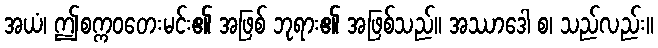
အယံ၊ ဤစက္ကဝတေးမင်း၏ အဖြစ် ဘုရား၏ အဖြစ်သည်။ အဿာဒေါ စ၊ သည်လည်း။